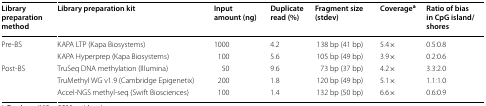
| Library preparation method | Library preparation kit | Input amount (ng) | Duplicate read (%) | Fragment size (stdev) | Coveragea | Ratio of bias in CpG island/shores |
 | --- | --- | --- | --- | --- | --- | --- |
 | <ROWSPAN=2> Pre-BS | KAPA LTP (Kapa Biosystems) | 1000 | 4.2 | 138 bp (41 bp) | 5.4× | 0.5:0.8 |
 | KAPA Hyperprep (Kapa Biosystems) | 100 | 5.6 | 105 bp (49 bp) | 3.9× | 0.2:0.6 |
 | <ROWSPAN=3> Post-BS | TruSeq DNA methylation (Illumina) | 50 | 9.6 | 73 bp (37 bp) | 4.2× | 3.3:2.0 |
 | TruMethyl WG v1.9 (Cambridge Epigenetix) | 200 | 1.8 | 120 bp (49 bp) | 5.1× | 1.1:1.0 |
 | Accel-NGS methyl-seq (Swift Biosciences) | 100 | 1.4 | 132 bp (50 bp) | 6.6× | 0.6:0.9 |